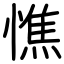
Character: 憔